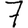
Digit: 7